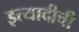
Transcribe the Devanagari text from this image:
इत्यादीची